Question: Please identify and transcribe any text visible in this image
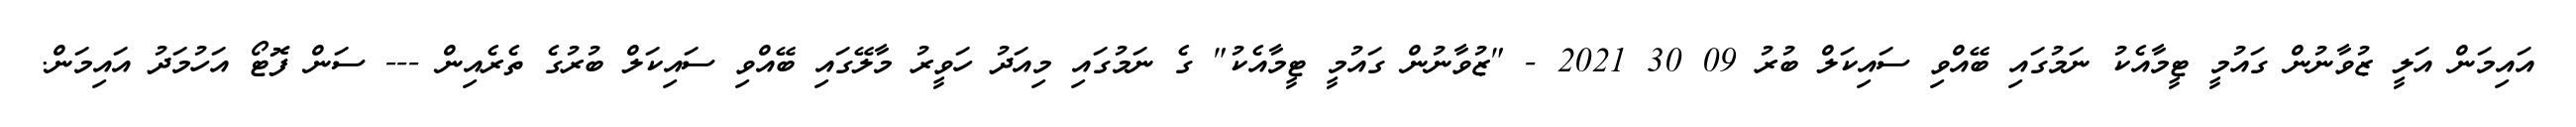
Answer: އައިމަން އަލީ ޒުވާނުން ގައުމީ ޓީމާއެކު ނަމުގައި ބޭއްވި ސައިކަލް ބުރު 09 30 2021 - "ޒުވާނުން ގައުމީ ޓީމާއެކު" ގެ ނަމުގައި މިއަދު ހަވީރު މާލޭގައި ބޭއްވި ސައިކަލް ބުރުގެ ތެރެއިން --- ސަން ފޮޓޯ އަހުމަދު އައިމަން.